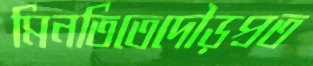
মিনতিতেদৌড়প্রত